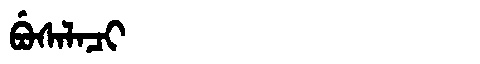
Manchu: ᠪᡠᠰᠠᠯᠠᠴᡳ
Romanization: BUSALACI